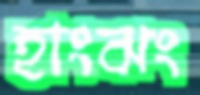
হাংঝং